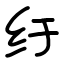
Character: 纡